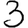
Digit: 3